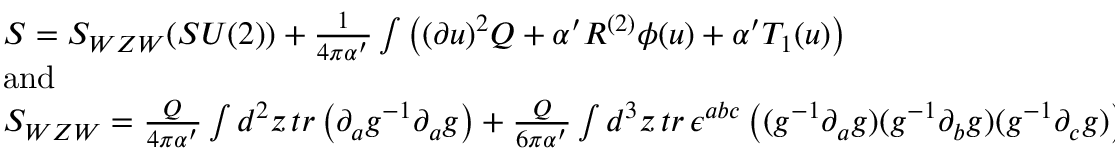
\begin{array} { l } { { S = S _ { W Z W } ( S U ( 2 ) ) + \frac { 1 } { 4 \pi \alpha ^ { \prime } } \int \left( ( \partial u ) ^ { 2 } Q + \alpha ^ { \prime } R ^ { ( 2 ) } \phi ( u ) + \alpha ^ { \prime } T _ { 1 } ( u ) \right) } } \\ { { \mathrm { a n d } } } \\ { { S _ { W Z W } = \frac { Q } { 4 \pi \alpha ^ { \prime } } \int d ^ { 2 } z \, t r \left( \partial _ { a } g ^ { - 1 } \partial _ { a } g \right) + \frac { Q } { 6 \pi \alpha ^ { \prime } } \int d ^ { 3 } z \, t r \, \epsilon ^ { a b c } \left( ( g ^ { - 1 } \partial _ { a } g ) ( g ^ { - 1 } \partial _ { b } g ) ( g ^ { - 1 } \partial _ { c } g ) \right) } } \end{array}